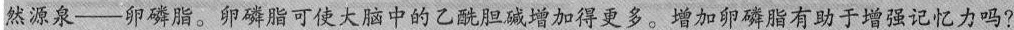
然源泉--卵磷脂。卵磷脂可使大脑中的乙酰胆碱增加得更多。增加卵磷脂有助于增强记忆力吗?